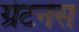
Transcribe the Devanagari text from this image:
ग्रेटनेस